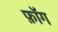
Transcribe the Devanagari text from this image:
फ़ॉग